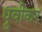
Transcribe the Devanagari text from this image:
ध्रुवीकर